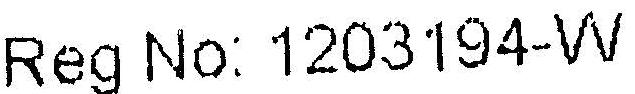
REG NO: 1203194-W